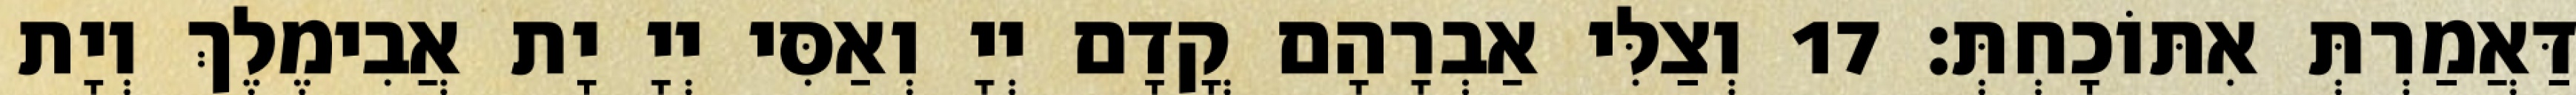
דַּאֲמַרְתְּ אִתּוֹכָחְתְּ׃ 17 וְצַלִּי אַבְרָהָם קֳדָם יְיָ וְאַסִּי יְיָ יָת אֲבִימֶלֶךְ וְיָת